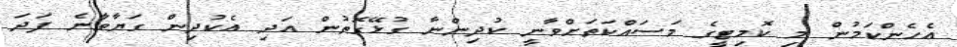
އެހެންކަމުން މި ކޮމިޓީގެ މަސައްކަތަށްވާނީ ކުދިންނާ ގުޅޭގޮތުން އަދި އެކުދިން ގަޔާވާނެ ފަދަ